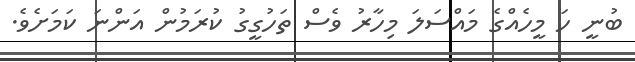
ބުނީ ހަ މީހެއްގެ މައްސަލަ މިހާރު ވެސް ތަހުގީގު ކުރަމުން އަންނަ ކަމަށެވެ.